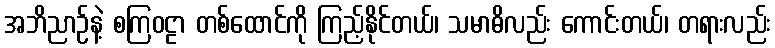
အဘိညာဉ်နဲ့ စကြဝဠာ တစ်ထောင်ကို ကြည့်နိုင်တယ်၊ သမာဓိလည်း ကောင်းတယ်၊ တရားလည်း